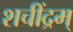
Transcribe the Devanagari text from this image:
शचींद्रम्